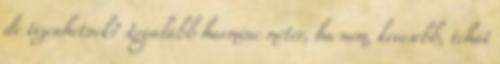
de tizenhétnek? Legalább harminc méter, ha nem, kevesebb, tehát